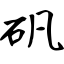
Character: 矾